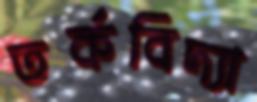
তর্কবিদ্যা